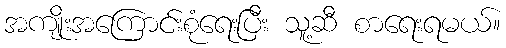
အကျိုးအကြောင်းစုံရေးပြီး သူ့ဆီ စာရေးရမယ်။